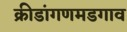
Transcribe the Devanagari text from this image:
क्रीडांगणमडगाव